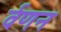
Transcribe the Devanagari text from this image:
र्वणन